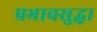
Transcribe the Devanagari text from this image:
प्रभावसुद्धा